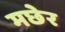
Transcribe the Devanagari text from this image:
मछेर